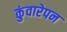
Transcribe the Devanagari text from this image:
कुंवारेपन